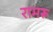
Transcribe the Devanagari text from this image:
रामरू